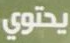
يحتوي